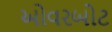
ઓવરબોટ